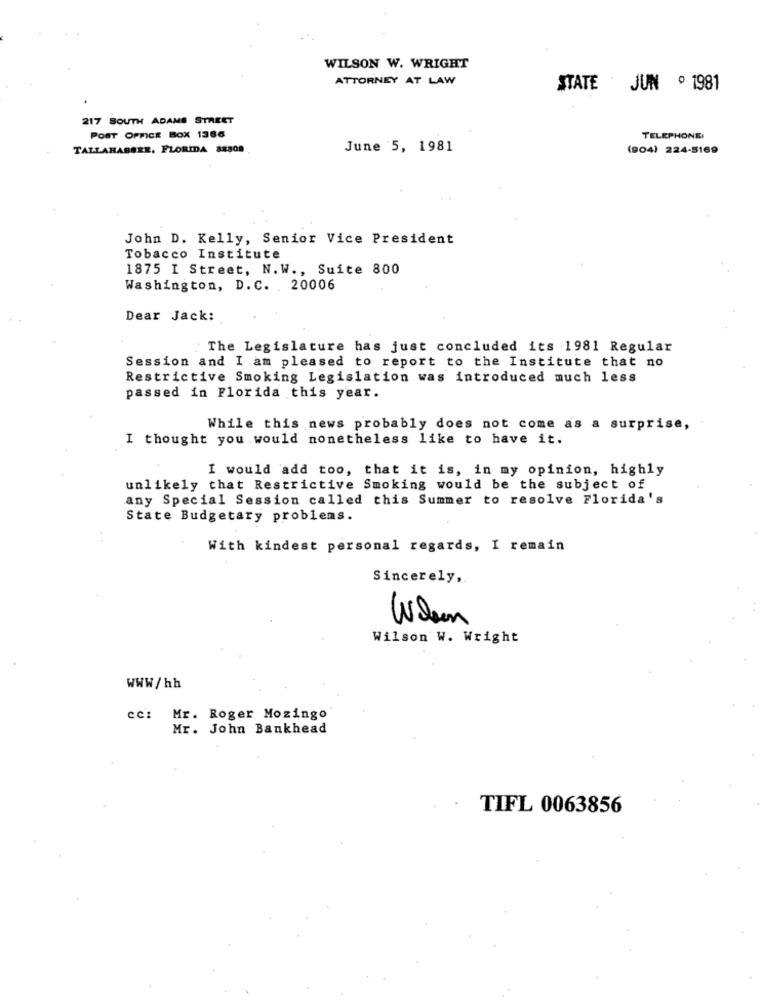
WILSON W. WRIGHT
ATTORNEY AT LAW
STATE JUN º 1981
217 SOUTH ADAMS STREET
POST OFFICE BOX 1386
TELEPHONE
TALLAHASSEE, FLORIDA 88808
June 5, 1981
(904) 224-5169
John D. Kelly, Senior Vice President
Tobacco Institute
1875 I Street, N.W ., Suite 800
Washington, D. C. 20006
Dear Jack:
The Legislature has just concluded its 1981 Regular
Session and I am pleased to report to the Institute that no
Restrictive Smoking Legislation was introduced much less
passed in Florida this year.
While this news probably does not come as a surprise,
I thought you would nonetheless like to have it.
I would add too, that it is, in my opinion, highly
unlikely that Restrictive Smoking would be the subject of
any Special Session called this Summer to resolve Florida's
State Budgetary problems.
..
With kindest personal regards, I remain
Sincerely,
When
Wilson W. Wright
WWW/hh
cc: Mr. Roger Mozingo
Mr. John Bankhead
TIFL 0063856